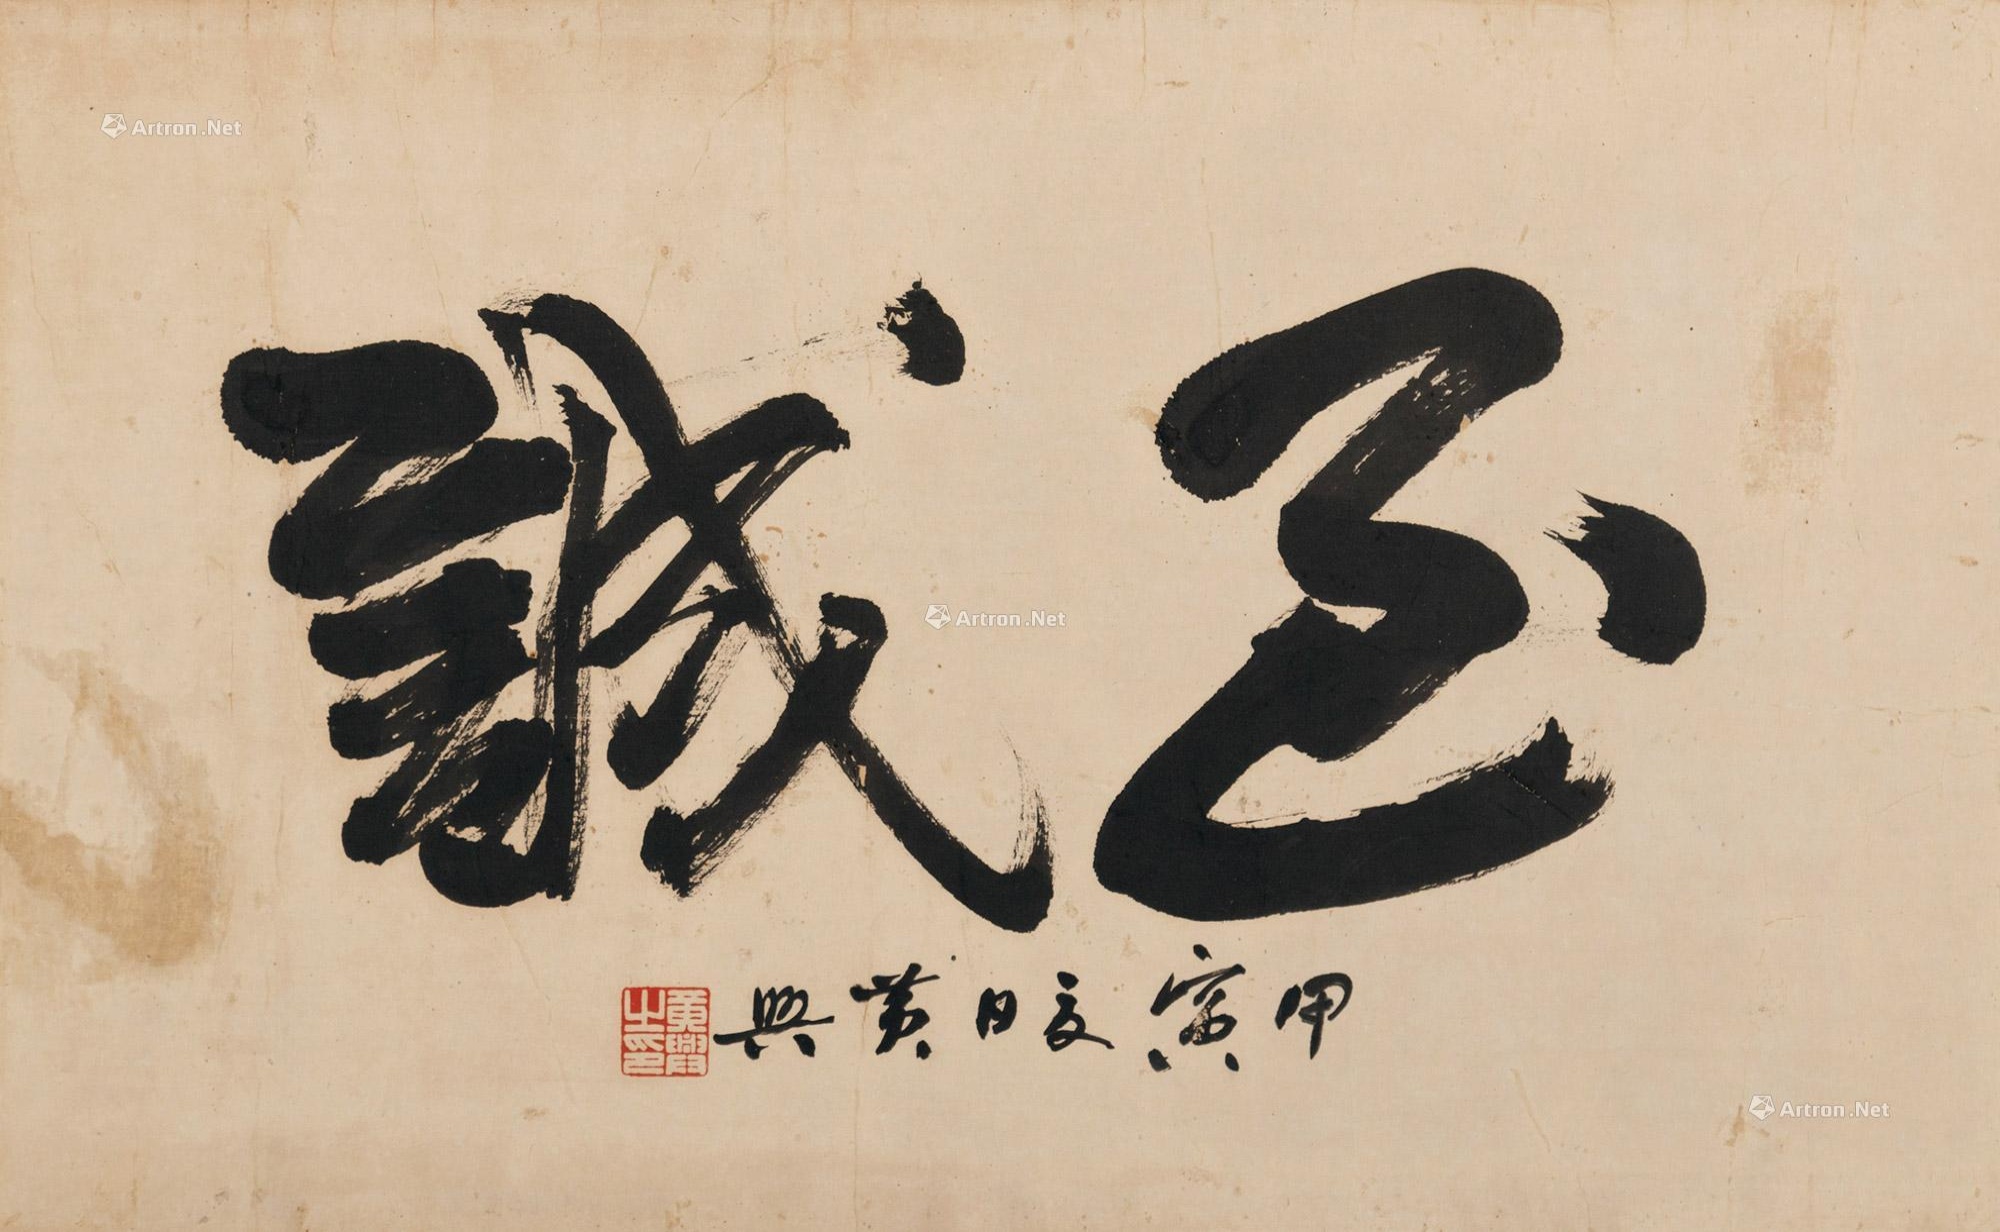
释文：黄兴一九一四年至诚